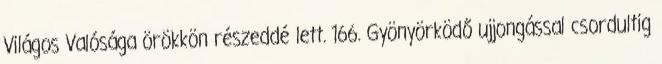
Világos Valósága örökkön részeddé lett. 166. Gyönyörködő ujjongással csordultig